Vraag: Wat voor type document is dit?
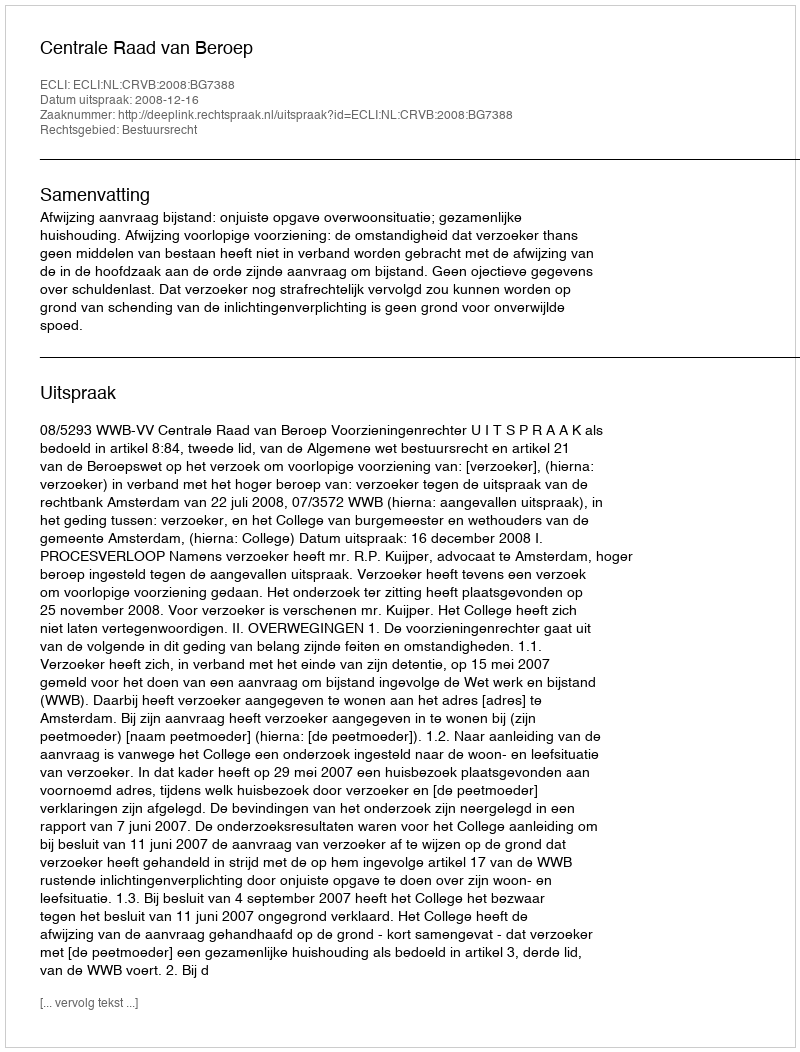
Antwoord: Uitspraak